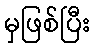
မှဖြစ်ပြီး